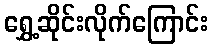
ရွှေ့ဆိုင်းလိုက်ကြောင်း